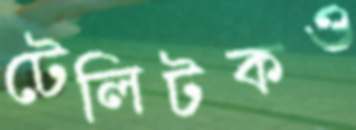
টেলিটকও